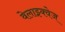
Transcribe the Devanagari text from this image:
वेलाझ्क्वेज